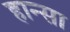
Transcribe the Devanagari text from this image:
हान्सा